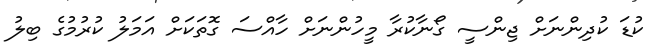
ކުޑަ ކުދިންނަށް ޖިންސީ ގޯނާކުރާ މީހުންނަށް ހާއްސަ ގޮތަކަށް އަމަލު ކުރުމުގެ ބިލު